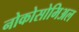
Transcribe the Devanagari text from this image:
नोकोसोमिअल